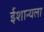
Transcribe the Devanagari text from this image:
ईशान्यला